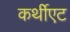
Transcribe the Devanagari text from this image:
कर्थीएट